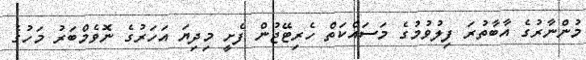
މުންނާރުގެ އާބާތުރަ ފިލުވުމުގެ މަސައްކަތް ހެރިޓޭޖުން ފެށީ މިދިޔަ އަހަރުގެ ނޮވެމްބަރު މަހުގެ